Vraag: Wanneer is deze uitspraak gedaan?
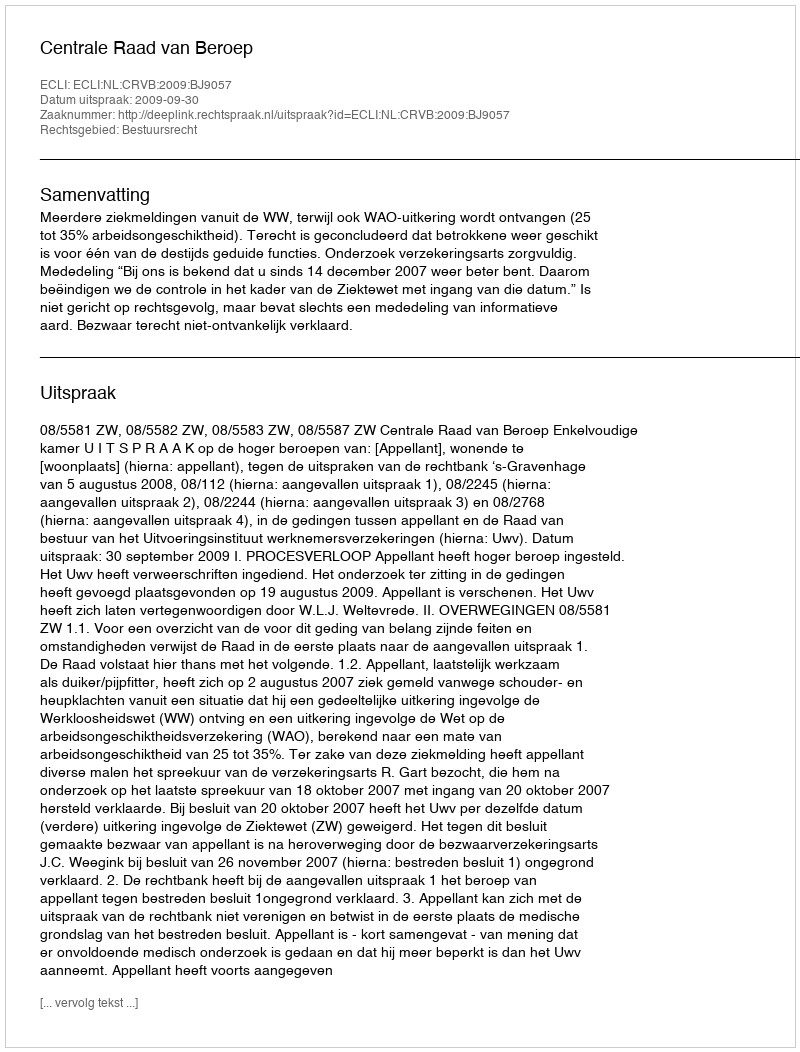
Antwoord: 2009-09-30